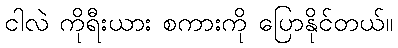
ငါလဲ ကိုရီးယား စကားကို ပြောနိုင်တယ်။